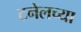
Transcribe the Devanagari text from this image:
टनेलच्या